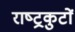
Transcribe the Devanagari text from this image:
राष्‍ट्रकुटों